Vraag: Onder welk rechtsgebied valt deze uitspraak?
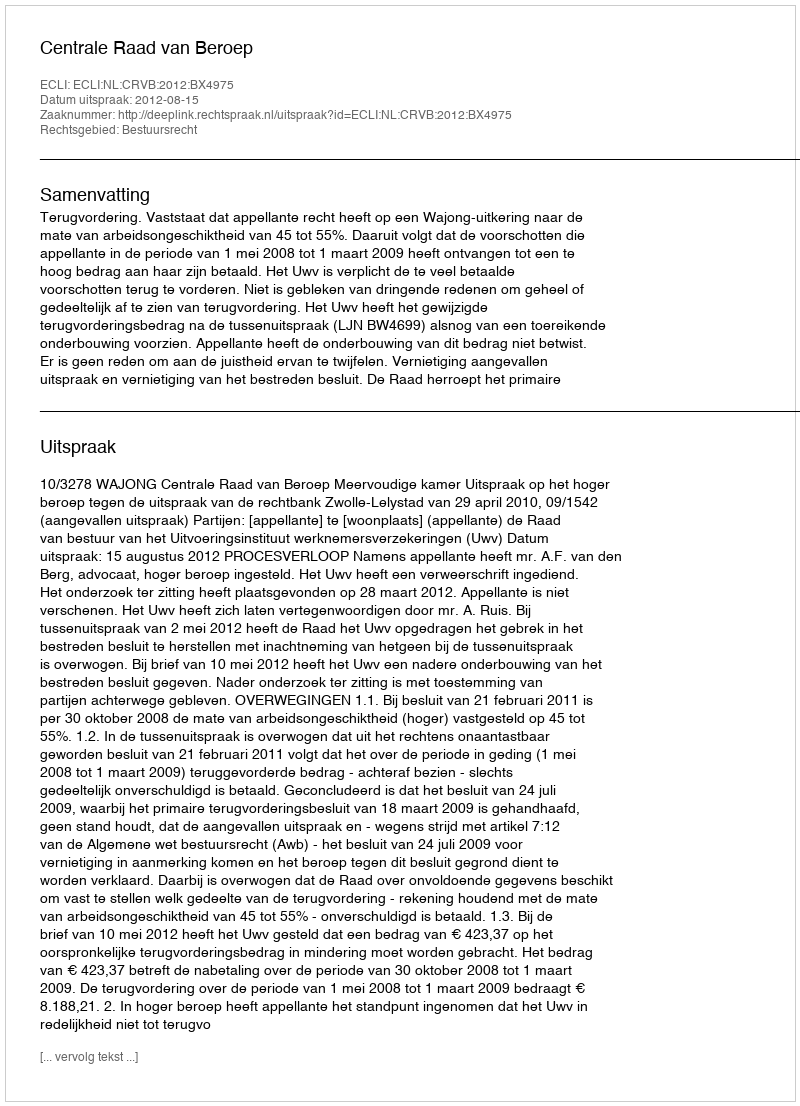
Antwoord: Bestuursrecht